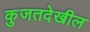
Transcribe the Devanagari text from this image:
कुजतदेखील